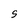
Character: S